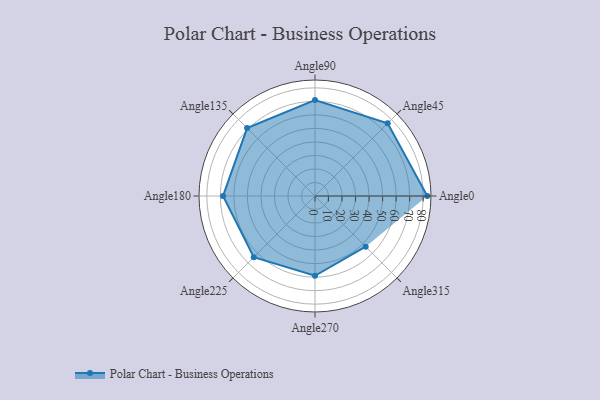
{"axis": {"x": "Angle", "y": "Radius"}, "legend": [""], "data": [{"x": "Angle0", "y": 83.0, "type": ""}, {"x": "Angle45", "y": 76.0, "type": ""}, {"x": "Angle90", "y": 71.0, "type": ""}, {"x": "Angle135", "y": 71.0, "type": ""}, {"x": "Angle180", "y": 68.0, "type": ""}, {"x": "Angle225", "y": 64.0, "type": ""}, {"x": "Angle270", "y": 59.0, "type": ""}, {"x": "Angle315", "y": 53.0, "type": ""}]}